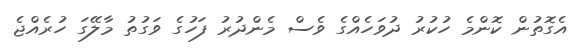
އެގޮތުން ކޮންމެ ހުކުރު ދުވަހެއްގެ ވެސް މެންދުރު ފަހުގެ ވަގުތު މާލޭގަ ހުރެއްޖެ